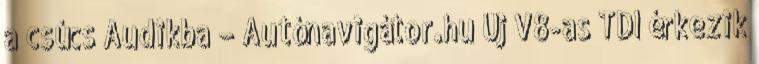
a csúcs Audikba – Autónavigátor.hu Új V8-as TDI érkezik